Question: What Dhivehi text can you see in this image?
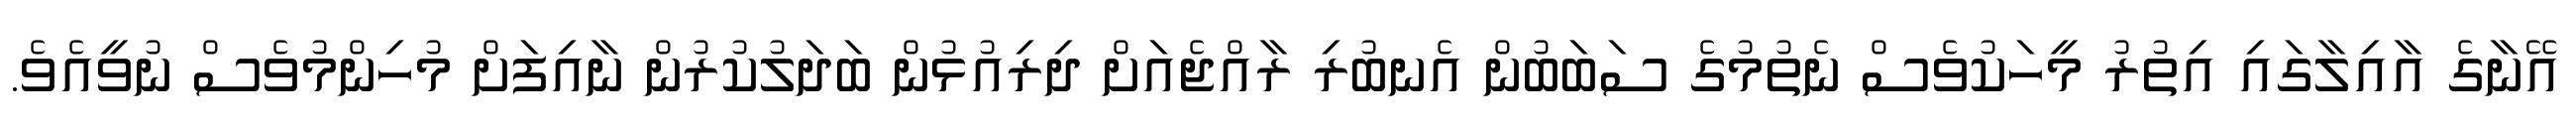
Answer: އޭނާގެ އާއިލާގައި އިތުރު މީހަކުވެސް ނެތުމުގެ ސަބަބުން އެނބުރި ރާއްޖެއަށް ދިރިއުޅުން ބަދަލުކުރުން ނާއިފަށް މުހިންމުވެސް ނުވީއެވެ.